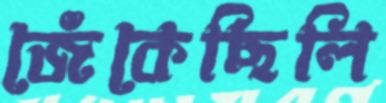
জেঁকেছিলি